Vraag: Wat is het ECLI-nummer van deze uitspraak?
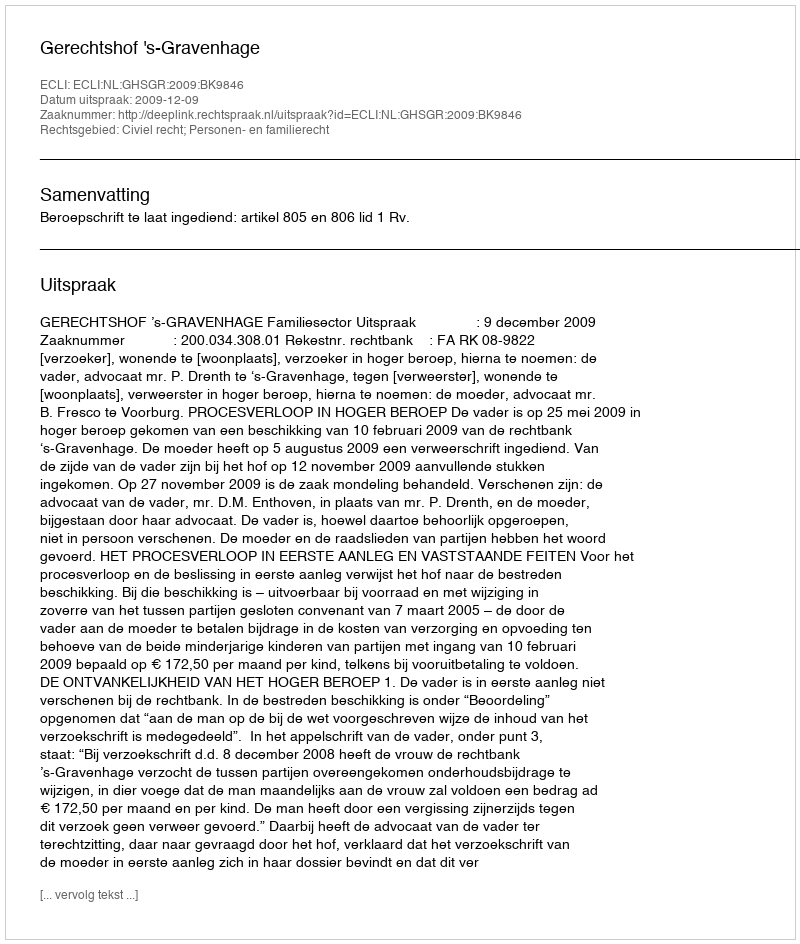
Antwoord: ECLI:NL:GHSGR:2009:BK9846